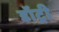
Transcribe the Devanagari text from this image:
डॉट्री